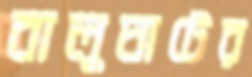
বালুঘাটের